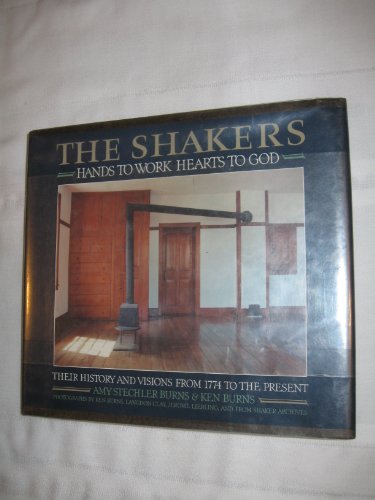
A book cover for The Shakers, Hands to Work, Hearts to God:  The History and Visions of the United Society of Believers in Christ's Second Appearing from 1774 to the Present; Amy Stechler Burns; Christian Books & Bibles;